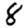
Digit: 8